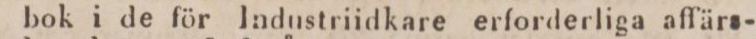
bok i de för Industriidkare erforderliga affärs-